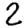
Digit: 2